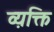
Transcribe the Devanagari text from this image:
व्य़क्ति